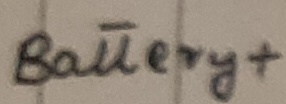
Text: Battery+